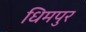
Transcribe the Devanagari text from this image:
धिमपुर